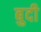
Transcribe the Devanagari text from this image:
बुदी